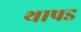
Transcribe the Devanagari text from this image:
थापड